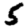
Digit: 5